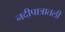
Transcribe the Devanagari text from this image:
नदीपात्रातली